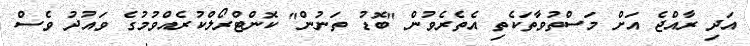
އަދި ރާއްޖެ އަށް މަސްތުވާތަކެތި އެތެރެވުން "ބޮޑު ތަނުން" ކޮންޓްރޯލްކުރެއްވުމުގެ ވައުދު ވެސް